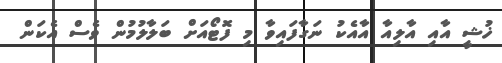
ޚުޝީ އާއި އާލިއާ އާއެކު ނަގާފައިވާ މި ފޮޓޯއަށް ބަލާލުމުން ވެސް އެކަން